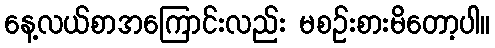
နေ့လယ်စာအကြောင်းလည်း မစဉ်းစားမိတော့ပါ။